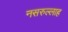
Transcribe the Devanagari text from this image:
नसरुल्लाह